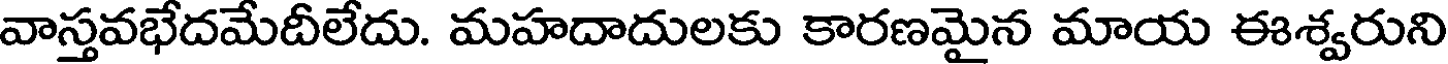
వాస్తవభేదమేదీలేదు. మహదాదులకు కారణమైన మాయ ఈశ్వరుని